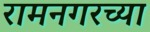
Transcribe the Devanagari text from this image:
रामनगरच्या